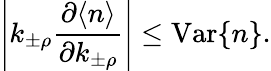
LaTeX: \left|k_{\pm\rho}\frac{\partial\langle n\rangle}{\partial k_{\pm\rho}}\right|\leq\mathrm{Var}\{ n\} .